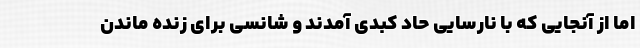
اما از آنجایی که با نارسایی حاد کبدی آمدند و شانسی برای زنده ماندن